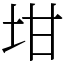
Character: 坩